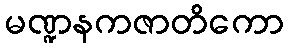
မဏ္ဍနကဇာတိကော